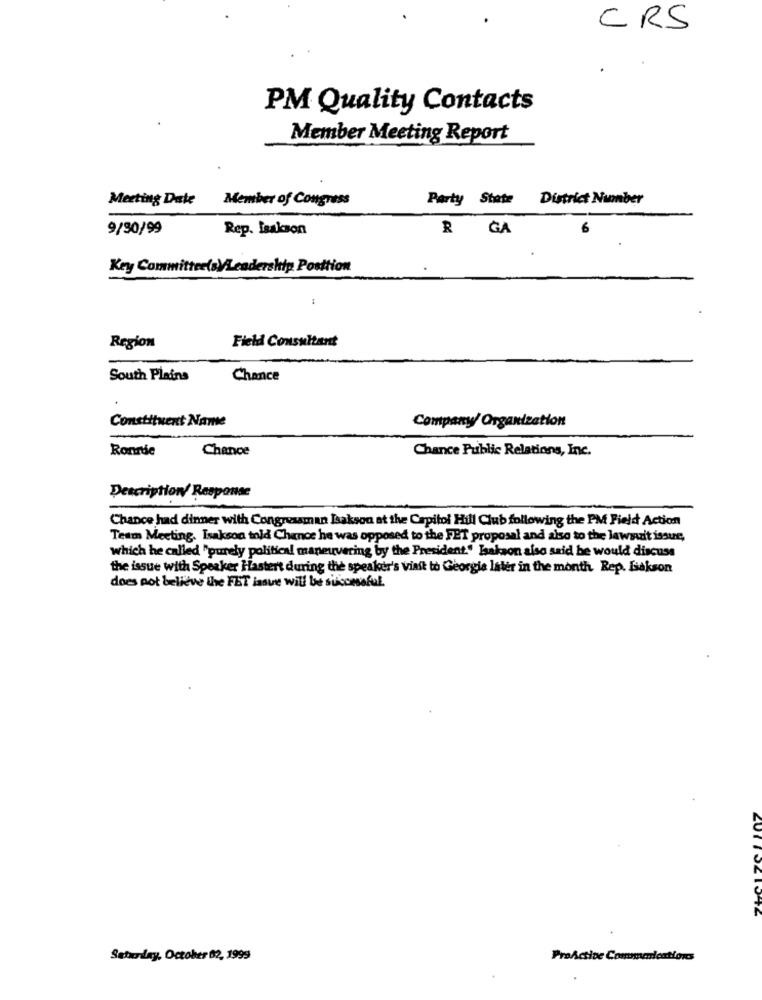
CRS
PM Quality Contacts
Member Meeting Report
Meeting Date
Member of Congress
Party State District Number
9/30/99
Rep. Isakson
R GA
Key CommitteelsV/Leadership Posttion
:
Region
Field Consultant
South Plains
Chance
Constituent Name
Company/ Organization
Ronnie
Chance
Chance Public Relations, Inc.
Description Response
Chance had dinner with Congressman Isakson at the Capitol Hill Club following the PM Field Action
Team Meeting. Isakson told Chance he was opposed to the FET proposal and also to the lawsuit issue,
which he called "purely political maneuvering by the President." Isakson also said he would discuss
the issue with Speaker Hastert during the speaker's visit to Georgie later in the month Rep. Isakson
does not believe the FET lasve will be successful.
Saturday, October 82, 1999
ProActive Communications